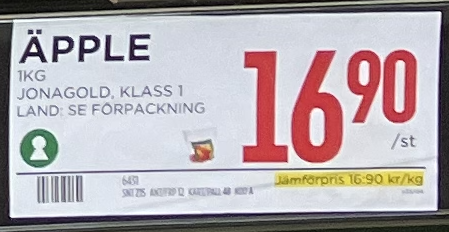
Vara: Äpple
Genomsnittspris: 16.9 per kg